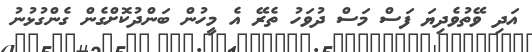
އަދި ވޭތުވެދިޔަ ފަސް މަސް ދުވަހު ތެރޭ އެ މީހުން ބަންދުކޮށްގެން ގެންގުޅުނު